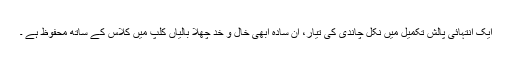
ایک انتہائی پالش تکمیل میں نکل چاندی کی تیار، ان سادہ ابھی خال و خد چھلا بالیاں کلپ میں کلاس کے ساتھ محفوظ ہے ۔